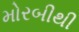
મોરબીથી